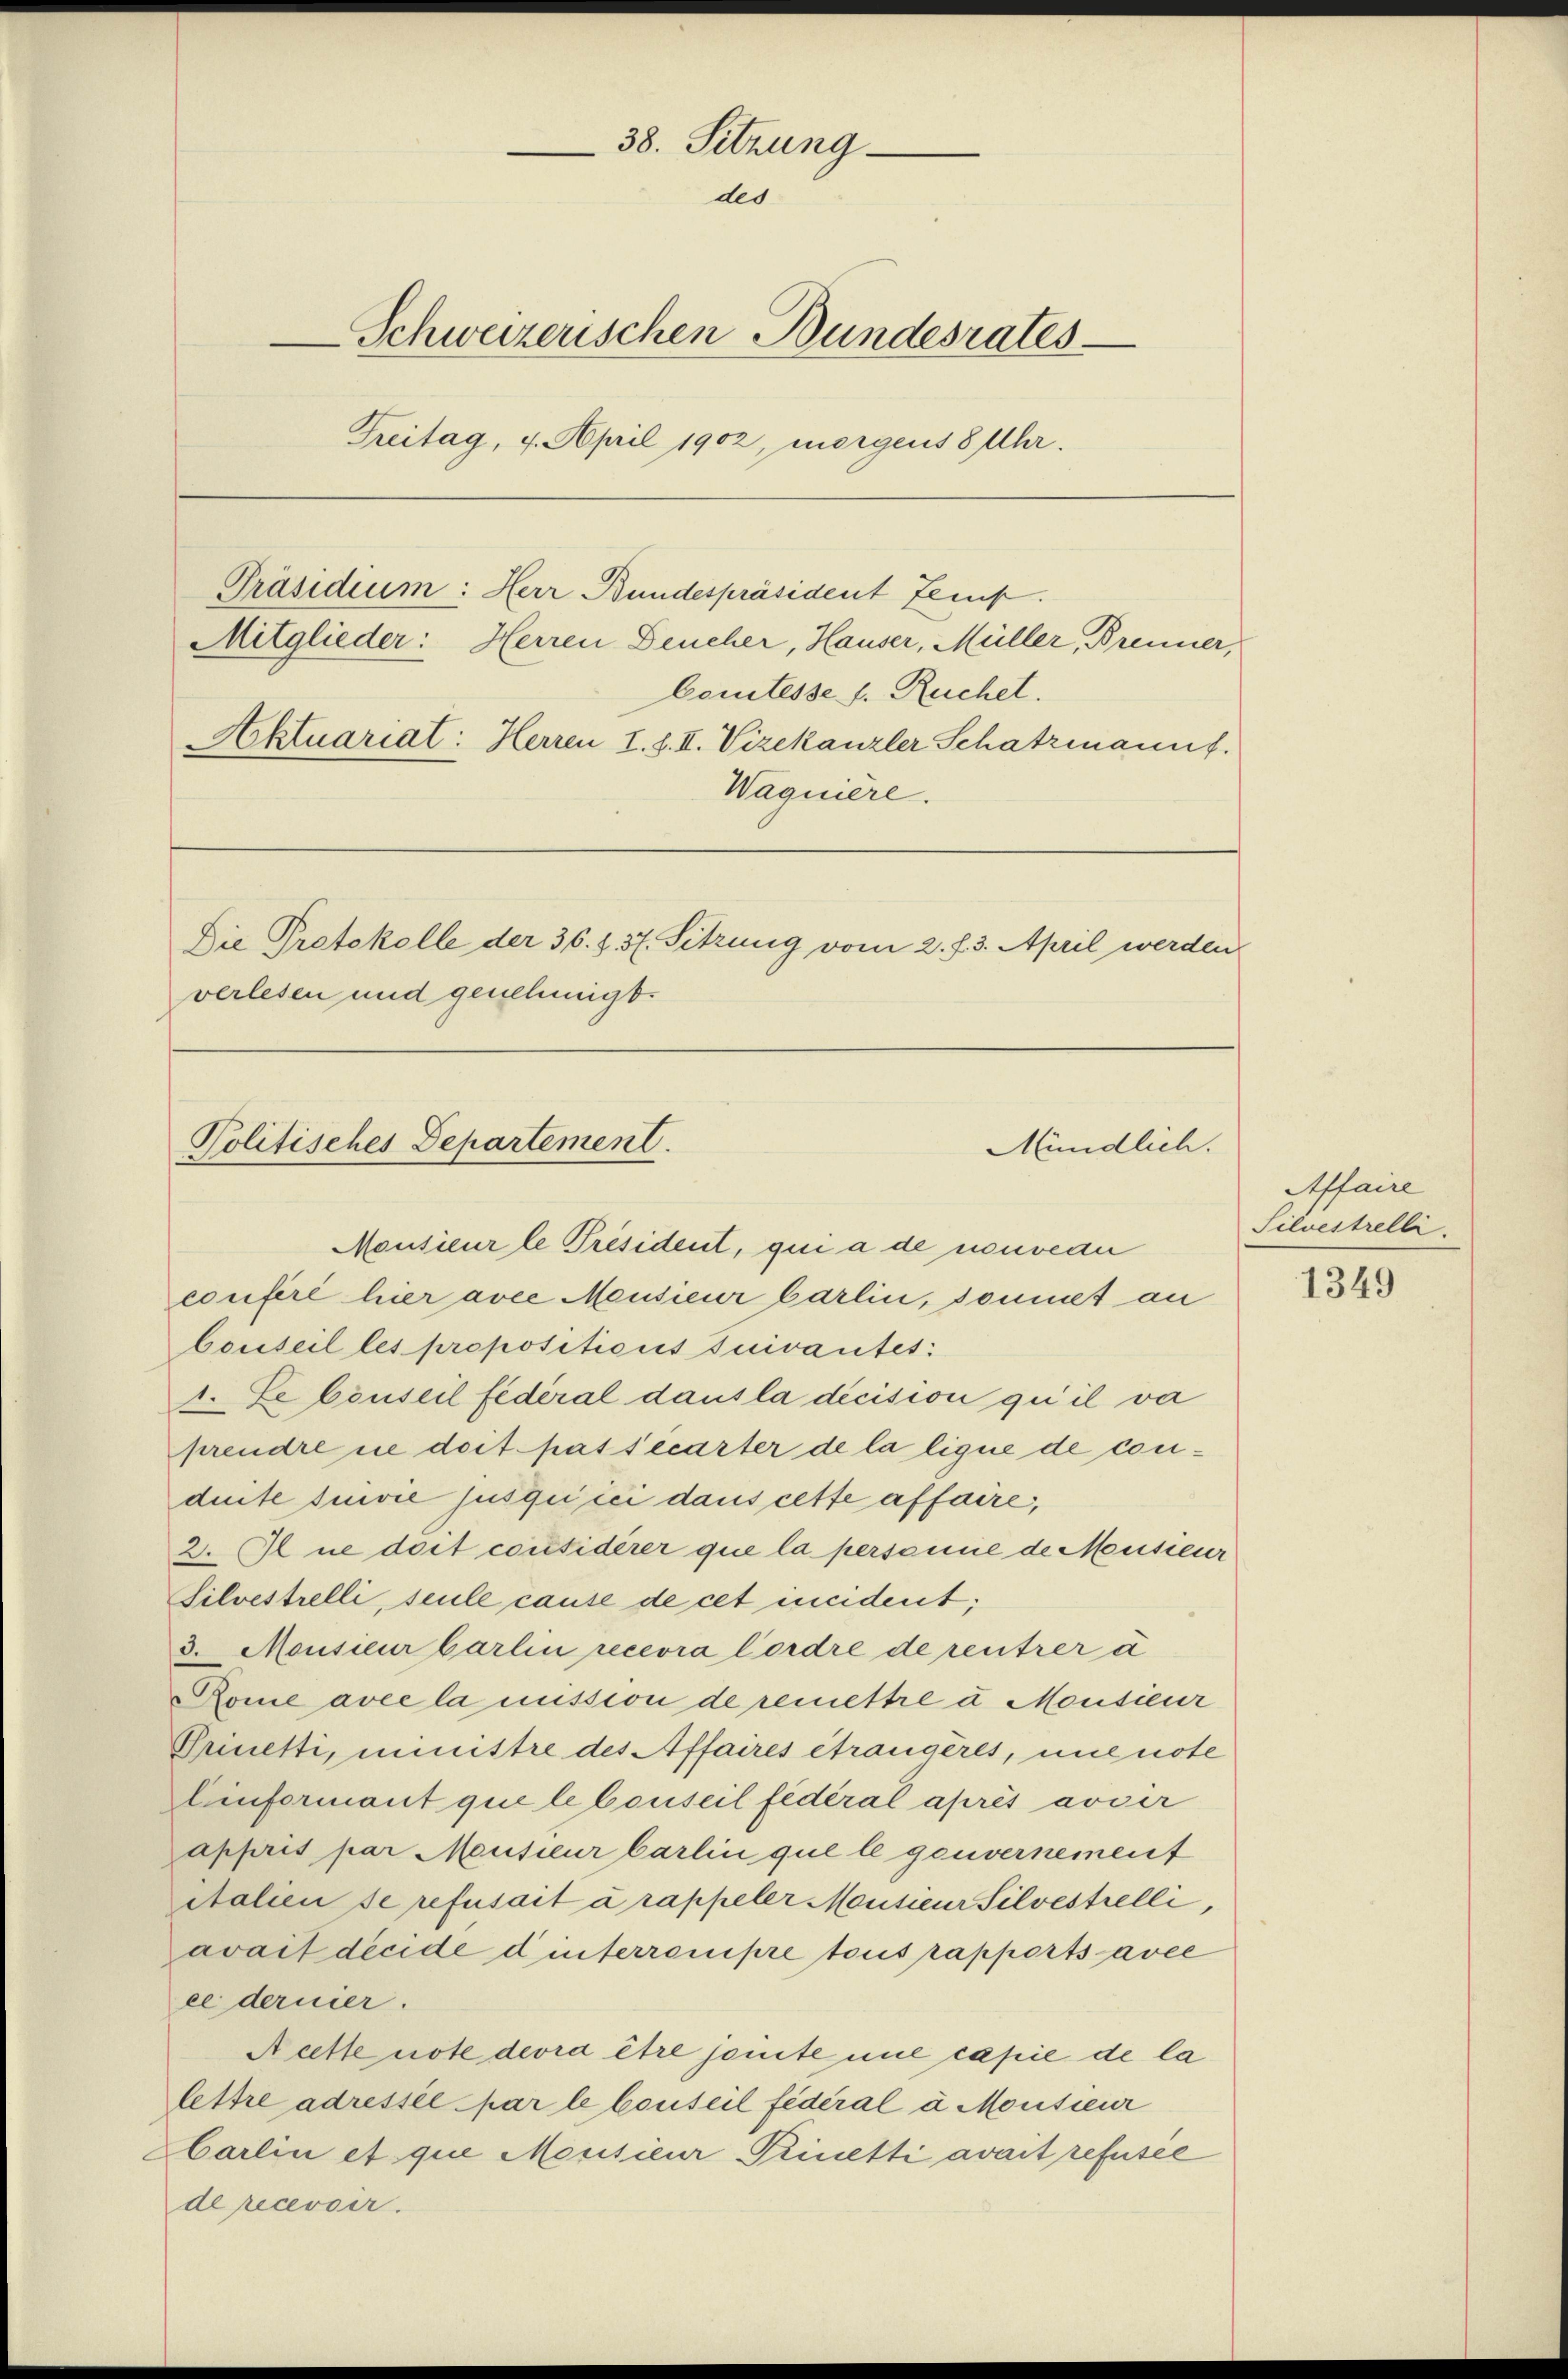
38. Sitzung
des
e
-Schweizerischen Bundesrates
Freitag, 4. April 1902, morgens 8 Uhr.

Die Protokolle der 36. § 37. Sitzung vom 2. f. 3. April werden
verlesen und genehmigt.

Comtesse s. Ruchet.
Aktuariat: Herren I. f. II. Vizekanzler Schatzmannf
Waguiere.

Präsidium: Herr Bundespräsident Genf.
Mitglieder: Herren Deucher, Hauser, Müller, Brenner,

Politisches Departement.

Mündlich.

Monsieur le Président, qui a de neueder
confere hier avee Mensieur barlin, sonnet an
bouseil les propositions suivantes:
1. Lebenseil fédéral dausla dicision qu’il va
prendre ne dort passécarter de la lique de conduite suivie jusquiici dans cette affaire,
2. Il ne dort corésiderer que la personie de Mousieur
Silvestrelli, seule cause de cet incident;
3. Monsieur barlin recevra Cordre de rentrer à
Rome avec la mission de remettre u Mousieur
Prinetti, ministre des Affaires étrangères, une note
Einformant que lebenseil fédéral après avoir
appris par Mensieur Carlin que le gouvernement
Atalien se refusait à rappeler Mousieur Silvestelli,
avait decide d interrompre tous rapports avec
ee dernier.
Acette note devra être somite nie capie de la
lettre adressel par le Conseil fédéral à Monsieur
barlin et que Mousieur Prinetti avait refusée
de recevoir.

Affaire
Silvestrelli.

1349